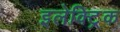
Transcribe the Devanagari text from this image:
इलेक्‍ट्रिक